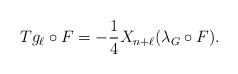
LaTeX: \begin{align*}Tg_{\ell} \circ F = - \frac14 X_{n+\ell}(\lambda_G \circ F).\end{align*}